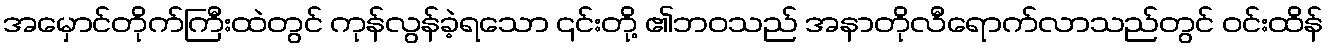
အမှောင်တိုက်ကြီးထဲတွင် ကုန်လွန်ခဲ့ရသော ၎င်းတို့ ၏ဘဝသည် အနာတိုလီရောက်လာသည်တွင် ဝင်းထိန်